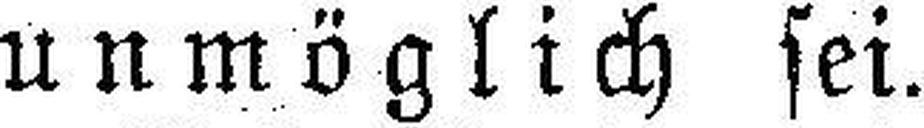
unmöglich sei.